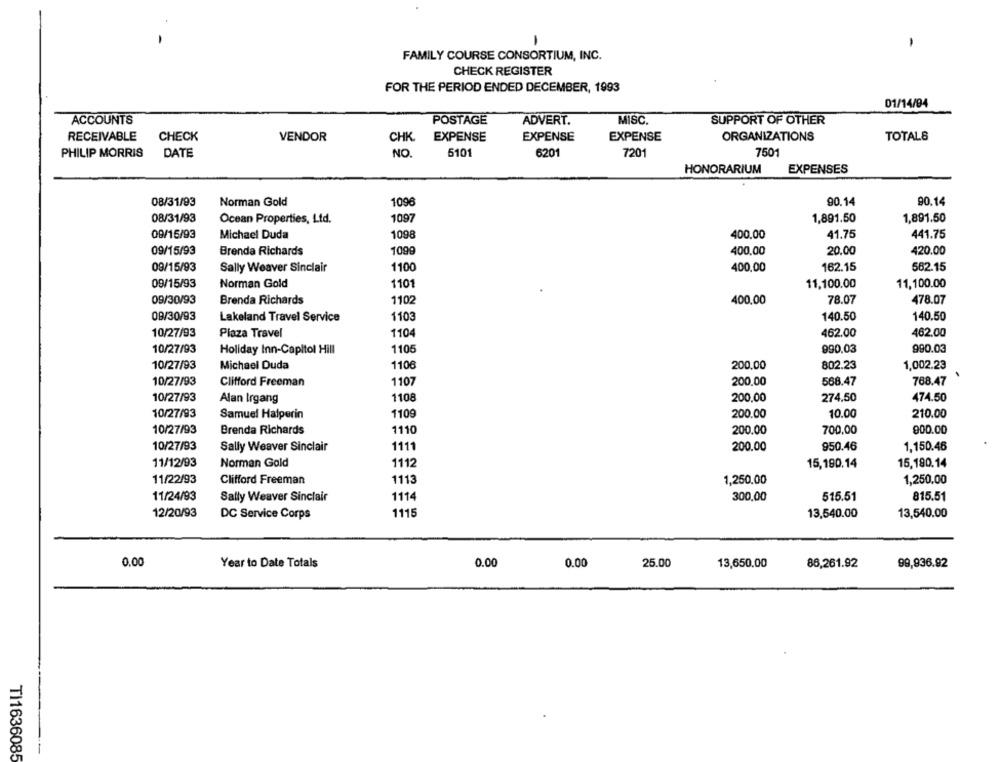
-
FAMILY COURSE CONSORTIUM, INC.
CHECK REGISTER
FOR THE PERIOD ENDED DECEMBER, 1993
01/14/94
ACCOUNTS
POSTAGE
ADVERT.
MISC
SUPPORT OF OTHER
RECEIVABLE
CHECK
VENDOR
EXPENSE
EXPENSE
EXPENSE
ORGANIZATIONS
TOTALS
CHK.
PHILIP MORRIS
NO.
5101
6201
7201
7501
DATE
HONORARIUM
EXPENSES
08/31/93
Norman Gold
1096
90.14
90.14
08/31/93
Ocean Properties, Ltd.
1097
1,891.50
1,891.50
09/15/93
Michael Duda
1098
400.00
41.75
441.75
09/15/93
Brenda Richards
1099
400,00
20.00
420.00
09/15/93
1100
162.15
562.15
Sally Weaver Sinclair
400,00
09/15/93
1101
Norman Gold
11,100.00
11,100.00
09/30/93
Brenda Richards
1102
400.00
78.07
478.07
09/30/93
Lakeland Travel Service
1103
140.50
140.50
10/27/93
Plaza Travel
1104
462.00
462,00
10/27/93
Holiday Inn-Capitol Hill
1105
990.03
990.03
10/27/93
Michael Duda
1106
200,00
802.23
1,002.23
.
10/27/93
Clifford Freeman
1107
200.00
568.47
768.47
10/27/93
1108
Alan Irgang
200,00
274.50
474.50
10/27/93
Samuel Halperin
1109
200.00
10.00
210.00
10/27/93
Brenda Richards
1110
200.00
700,00
900.00
10/27/93
Sally Weaver Sinclair
1111
200.00
950.46
1,150.46
11/12/93
Norman Gold
1112
15,190.14
15,190.14
11/22/93
Clifford Freeman
1113
1,250,00
1,250.00
11/24/93
1114
515.51
Sally Weaver Sinclair
300.00
815.51
12/20/93
DC Service Corps
1115
13,540.00
13,540.00
0.00
Year to Date Totals
0.00
0.00
25.00
13,650.00
86,261.92
99,936.92
TI1636085